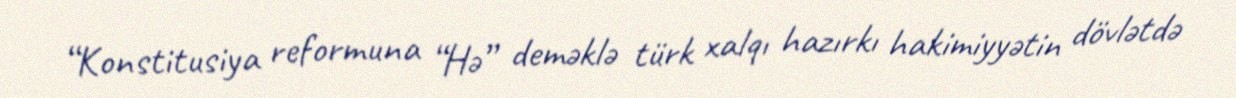
“Konstitusiya reformuna “Hə” deməklə türk xalqı hazırkı hakimiyyətin dövlətdə